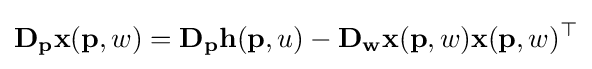
\mathbf {D_{p}x} (\mathbf {p} ,w)=\mathbf {D_{p}h} (\mathbf {p} ,u)-\mathbf {D_{w}x} (\mathbf {p} ,w)\mathbf {x} (\mathbf {p} ,w)^{\top }